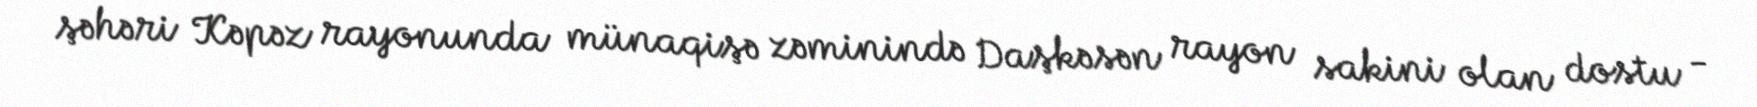
şəhəri Kəpəz rayonunda münaqişə zəminində Daşkəsən rayon sakini olan dostu -